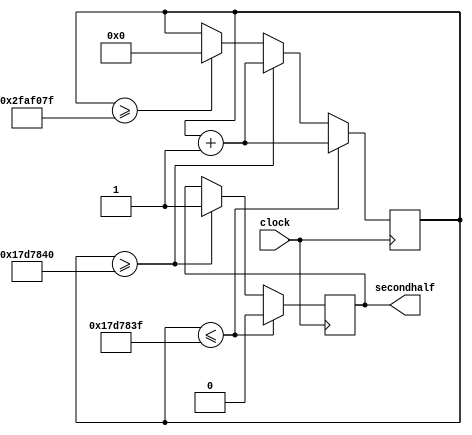
//  Version      : 1
//  Description  : This file contains two modules that is used to time
//                1/2second and 1/4second.
      

module  clockblink(clock, secondhalf);
  output  reg secondhalf;
  input clock;
  reg [25:0] count;
  always @(posedge clock)
  begin
    if (count <= 26'd24_999_999)
    begin
      count <= count + 1;
      secondhalf <= 0;
    end
    else if (count >= 26'd25_000_000)
    begin
      count <= count + 1;
      secondhalf <= 1;
    end
    else if (count >= 26'd49_999_999)
    begin
      count <= 0;
    end
  end
endmodule



module  quarterblink(clock, secondquarter);
  output  reg secondquarter;
  input clock;
  reg [25:0] count;
  always @(posedge clock)
  begin
    if (count <= 26'd12_499_999)
    begin
      count <= count + 1;
      secondquarter <= 0;
    end
    else if (count >= 26'd12_500_000)
    begin
      count <= count + 1;
      secondquarter <= 1;
    end
    else if (count >= 26'd25_000_000)
    begin
      count <= 0;
    end
  end
endmodule